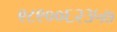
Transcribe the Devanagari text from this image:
९८९००६२३५७